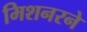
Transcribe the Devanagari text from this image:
मिशनरने